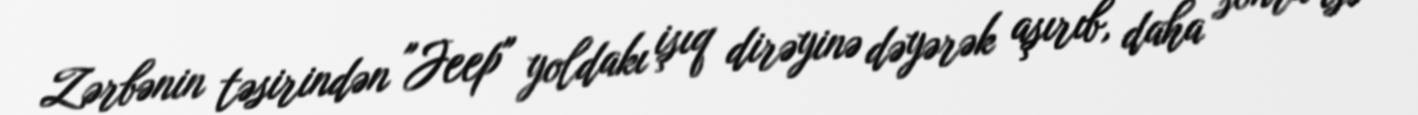
Zərbənin təsirindən "Jeep" yoldakı işıq dirəyinə dəyərək aşırıb, daha sonra isə